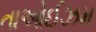
તાઓઈઝમ